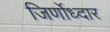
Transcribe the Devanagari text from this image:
जिर्णोध्दार